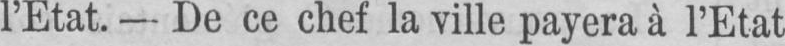
l’Etat. - De ce chef la ville payera à l’Etat